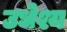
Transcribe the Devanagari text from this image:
उधेश्य